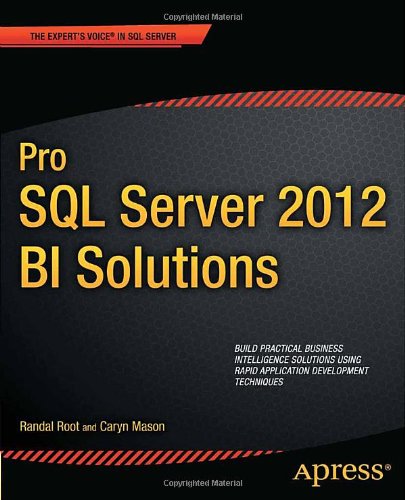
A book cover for Pro SQL Server 2012 BI Solutions (Expert's Voice in SQL Server); Randal Root; Computers & Technology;